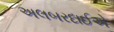
અલબરદાઈએ